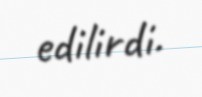
edilirdi.